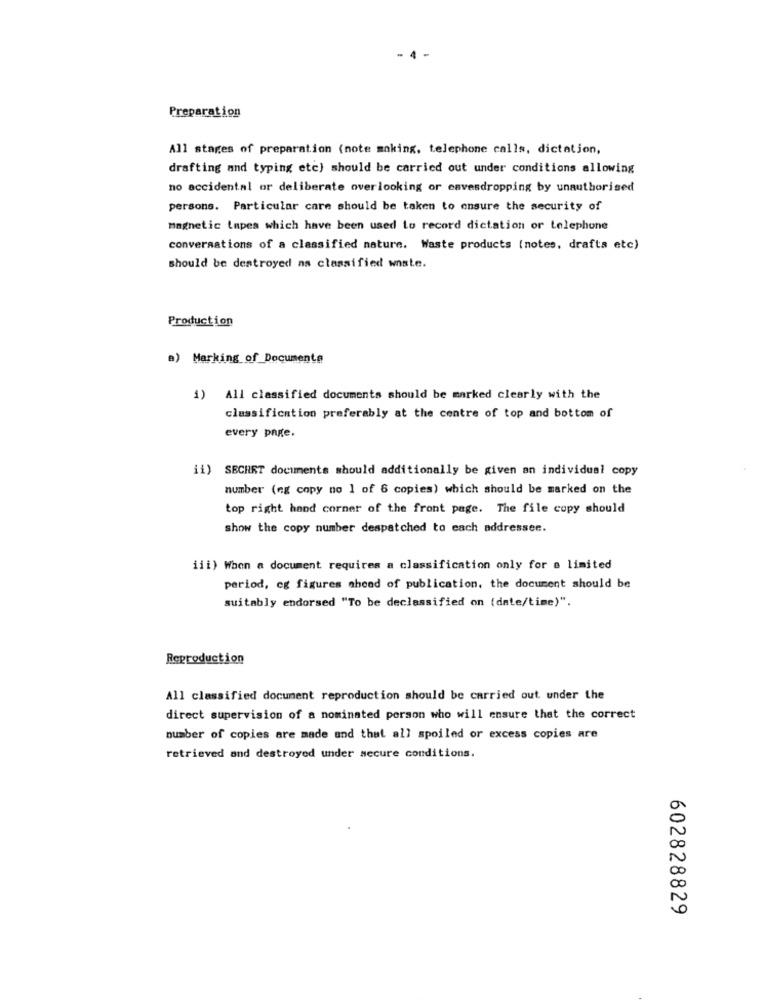
Preparation
All stages of preparation (note making, telephone calls, dictation,
drafting and typing etc) should be carried out under conditions allowing
no accidental or deliberate overlooking or eavesdropping by unauthorised
persons. Particular care should be taken to ensure the security of
magnetic lapes which have been used to record dictation or telephone
conversations of a classified nature. Waste products (notes, drafts etc)
should be destroyed as classified waste.
Production
a) Marking of Documents
1) All classified documents should be marked clearly with the
classification preferably at the centre of top and bottom of
every page.
ii) SECHET documents should additionally be given an individual copy
number (eg copy no 1 of 6 copies) which should be marked on the
top right hand corner of the front page. The file copy should
show the copy number despatched to each addressee.
iii) When a document requires a classification only for a limited
period, eg figures ahead of publication, the document should be
suitably endorsed "To be declassified on (date/time)".
Reproduction
All classified document reproduction should be carried out under the
direct supervision of a nominated person who will ensure that the correct
number of copies are made and that all spoiled or excess copies are
retrieved and destroyed under secure conditions.
602828829